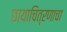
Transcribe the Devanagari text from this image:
छायाचित्रणाचा